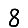
Digit: 8